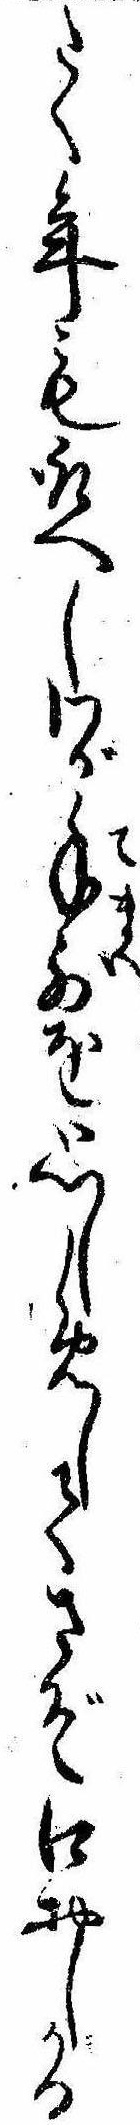
たく年も取へしわが手前を思しめしてさぞ口おしかる